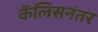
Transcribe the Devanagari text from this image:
कॅलिसनंतर